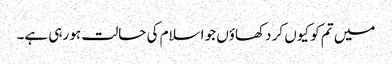
میں تم کو کیوں کر دکھاؤں جو اسلام کی حالت ہو رہی ہے۔